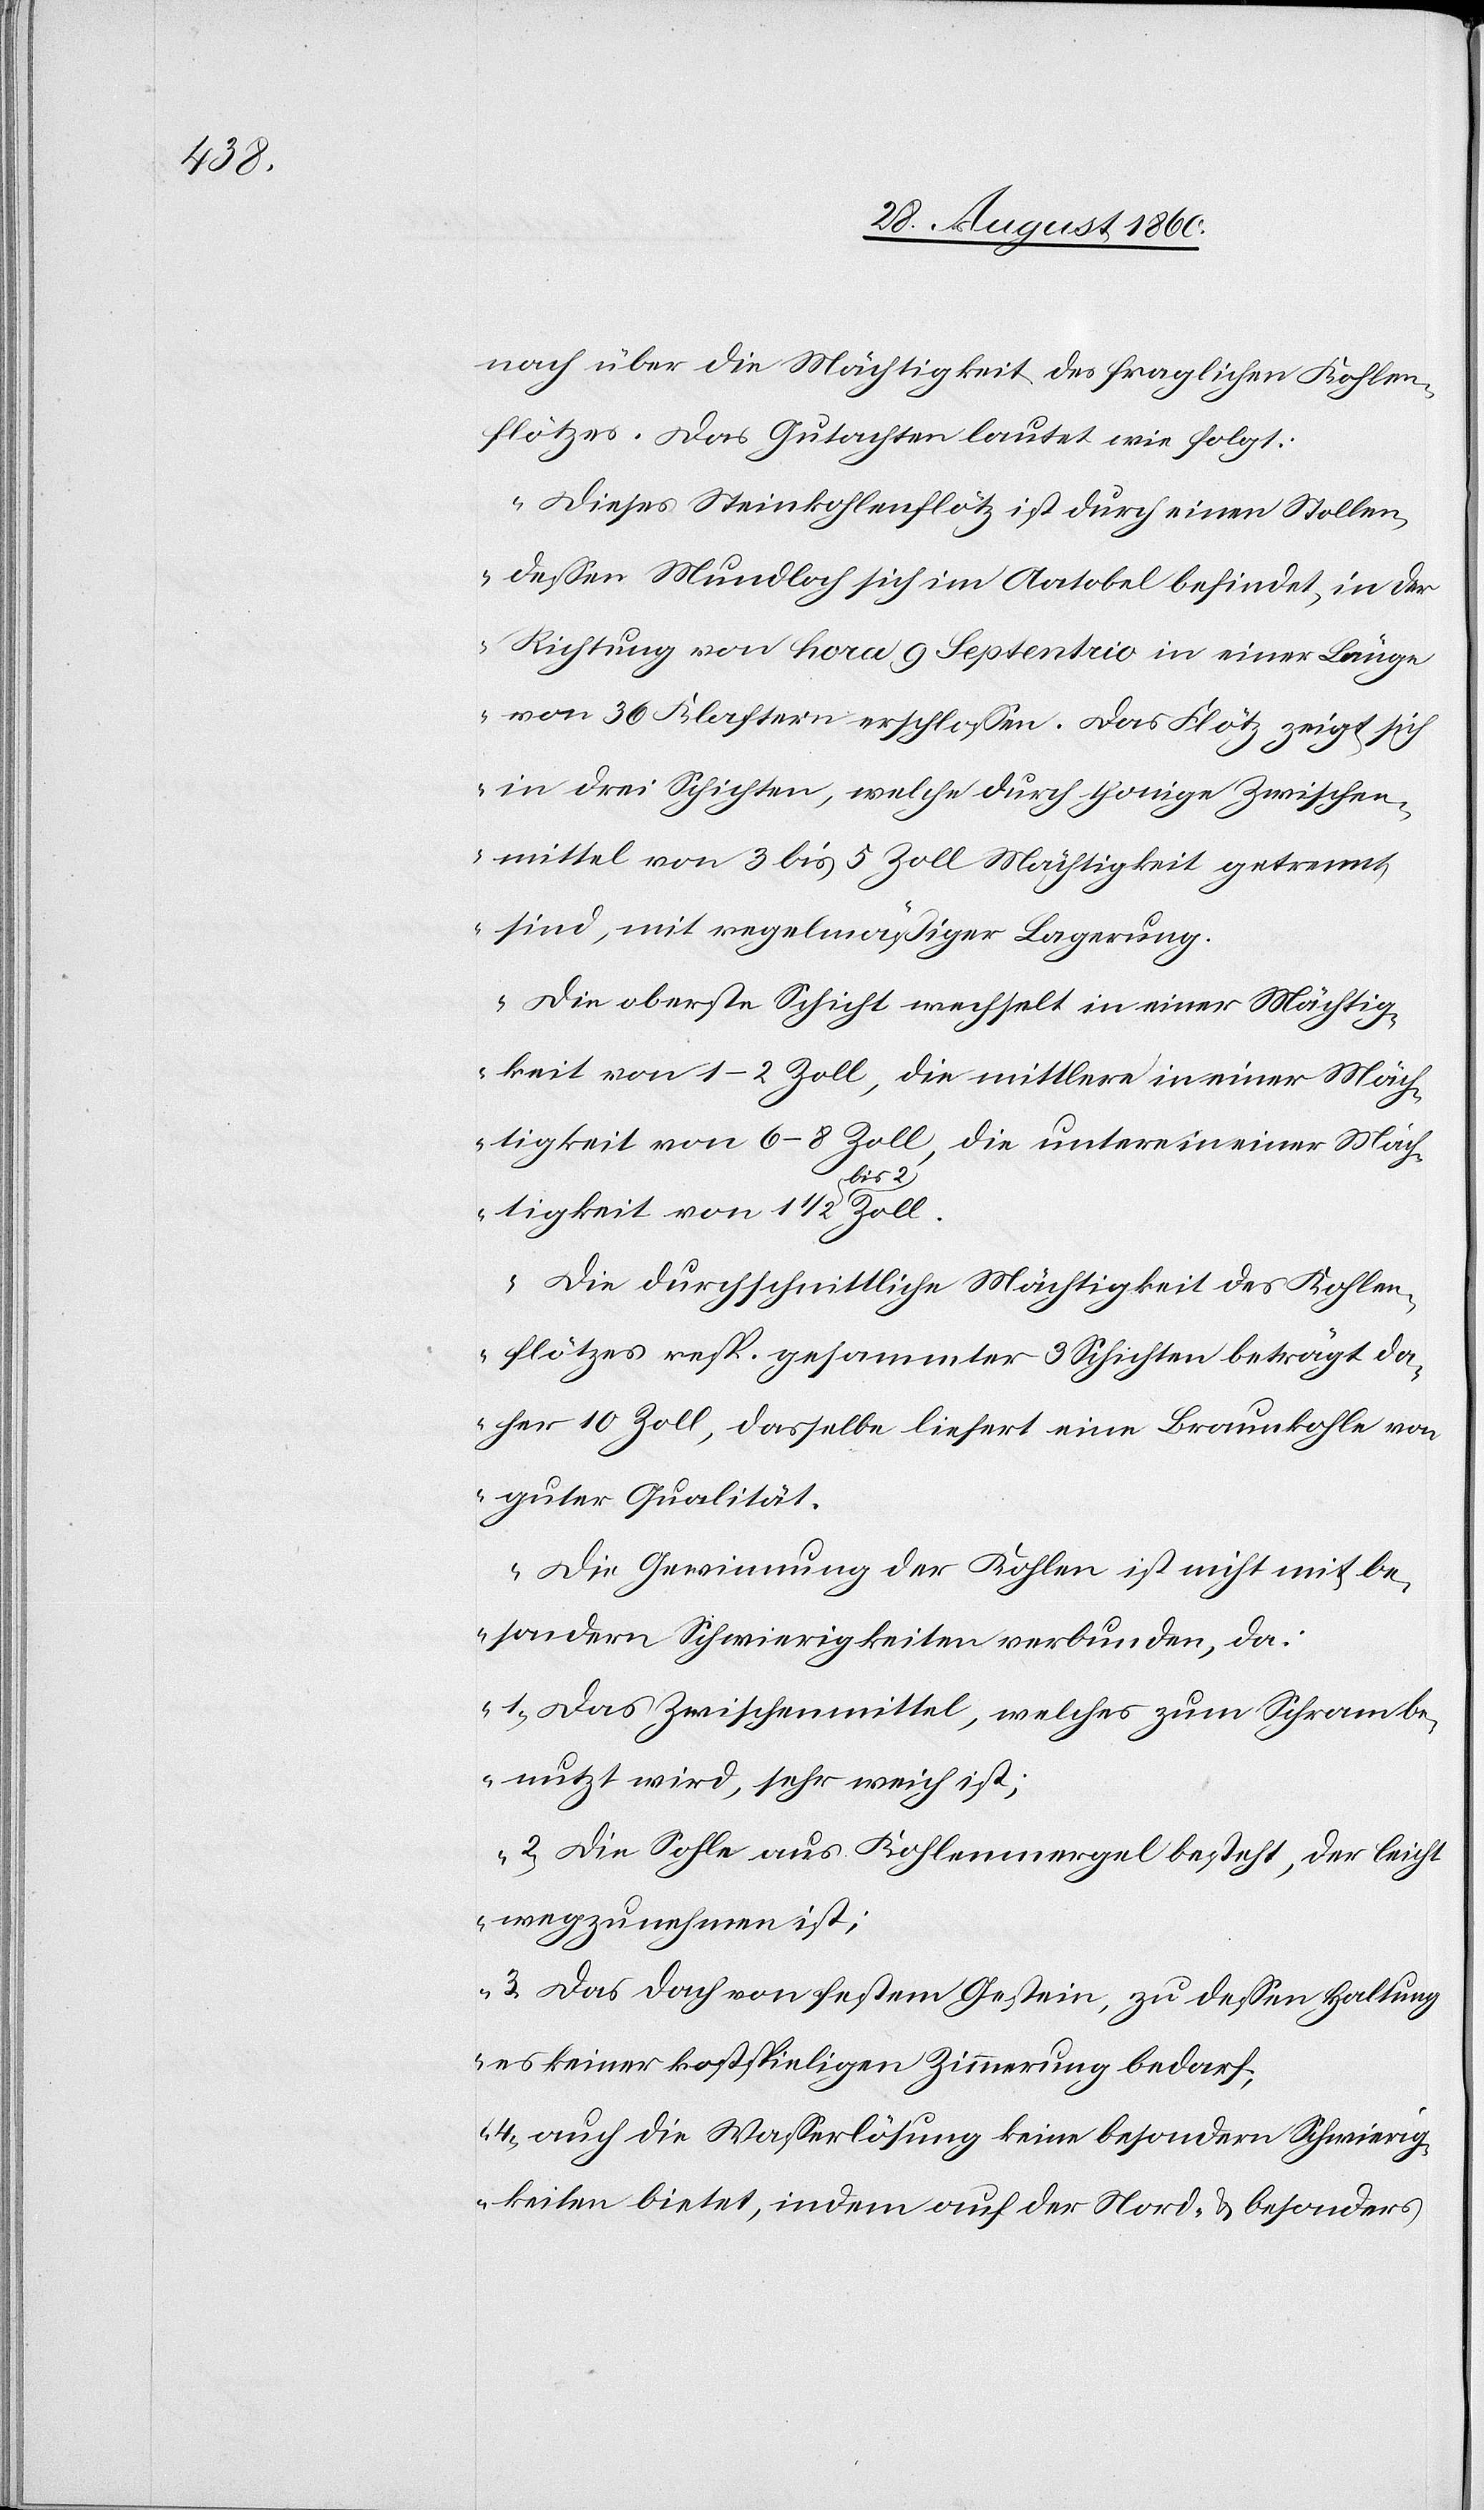
nach, über die Mächtigkeit des fraglichen Kohlen¬
flötzes. Das Gutachten lautet wie folgt:
„Dieses Steinkohlenflötz ist durch einen Stollen,
dessen Mundloch sich im Aatobel befindet, in der
Richtung von Hora 9 Septenaio in einer Länge
von 36 Klastern erschlossen. Das Flötz zeigt sich
in drei Schichten, welche durch thonige Zwischen¬
mittel von 3 bis 5 Zoll Mächtigkeit getrennt
sind, mit regelmässiger Lagerung.
Die oberste Schicht wechselt in einer Mächtig¬
keit von 1–2 Zoll, die mittlere in einer Mäch¬
tigkeit von 6–8 Zoll, die untere in einer Mäc¬
Utz¬
htigkeit von 1 1/2–2 Zoll;
Die Durchschnittliche Mächtigkeit des Kohlen¬
flötzes resp. gesammter 3 Schichten beträgt da¬
her 10 Zoll; dasselbe liefert eine Braunkohle von
guter Qualität.
Die Gewinnung der Kohlen ist nicht mit be¬
sondern Schwierigkeiten verbunden, da:
1) Das Zwischenmittel, welches zum Schram be¬
nutzt wird, sehr weich ist;
2) Die Sohle aus Kohlenmergel besteht, der leicht
wegzunehmen ist.
3) Das Dach von festem Gestein, zu dessen Haltung
es keiner kostspieligen Zimmerung bedarf.
4) auch die Wasserlösung keine besondern Schwierig¬
keiten bietet, indem auf der Nord- u. besonders